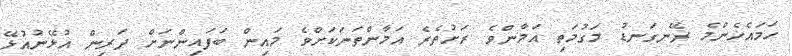
ހަމައެހެންމެ ރޭނގަނޑު މަގުމަތި އަމާންވެ ރަށުތެރެ އަމާންތަނަކަށްވެ މައިން ބަފައިންނަށް ދަރިން އުޅޭނުއުޅޭ